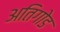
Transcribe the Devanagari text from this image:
अतिगोड